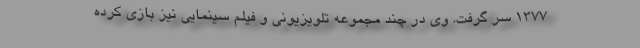
۱۳۷۷ سر گرفت. وی در چند مجموعه تلویزیونی و فیلم سینمایی نیز بازی کرده‌